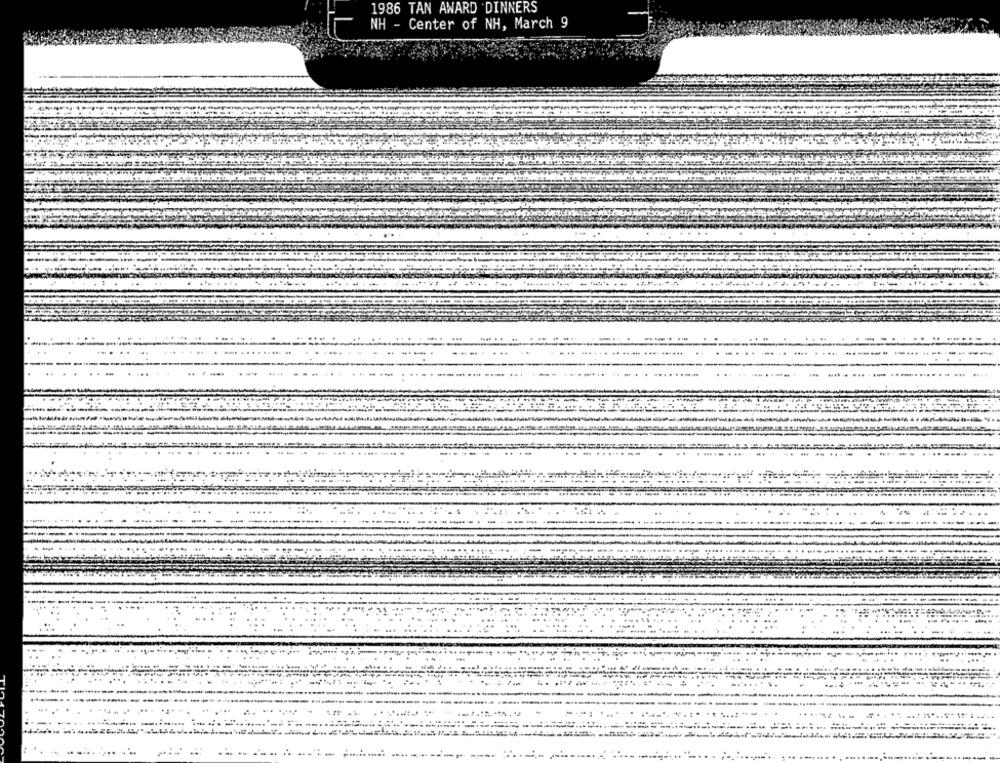
1986 TAN AWARD DINNERS
NH - Center of NH, March 9